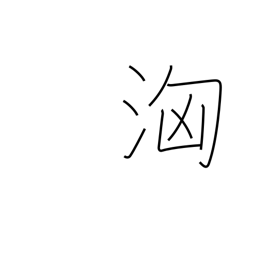
Meaning: surge